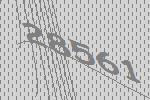
28561